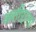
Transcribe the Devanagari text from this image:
अलीपूरला